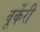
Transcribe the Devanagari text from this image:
वूर्केरी